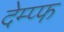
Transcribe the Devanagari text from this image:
देम्प्फ